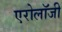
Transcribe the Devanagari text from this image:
एरोलॉजी